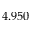
4 . 9 5 0